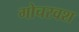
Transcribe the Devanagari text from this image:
गोचरवश